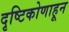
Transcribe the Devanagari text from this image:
दृष्टिकोणाहून